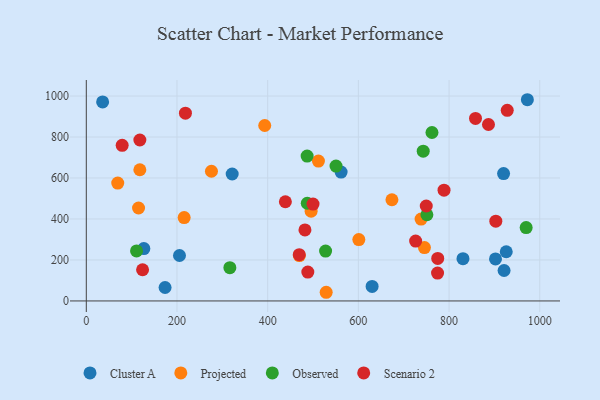
{"axis": {"x": "Ad Spend", "y": "Exam Score"}, "legend": ["Cluster A", "Observed", "Projected", "Scenario 2"], "data": [{"x": "173.7", "y": 65.7, "type": "Cluster A"}, {"x": "921.3", "y": 148.5, "type": "Cluster A"}, {"x": "630.3", "y": 71.0, "type": "Cluster A"}, {"x": "321.7", "y": 619.5, "type": "Cluster A"}, {"x": "926.1", "y": 240.0, "type": "Cluster A"}, {"x": "205.5", "y": 221.7, "type": "Cluster A"}, {"x": "561.9", "y": 628.7, "type": "Cluster A"}, {"x": "830.7", "y": 206.3, "type": "Cluster A"}, {"x": "902.4", "y": 204.9, "type": "Cluster A"}, {"x": "972.7", "y": 981.9, "type": "Cluster A"}, {"x": "36.0", "y": 971.0, "type": "Cluster A"}, {"x": "920.2", "y": 621.3, "type": "Cluster A"}, {"x": "126.9", "y": 255.6, "type": "Cluster A"}, {"x": "215.8", "y": 406.7, "type": "Projected"}, {"x": "745.7", "y": 260.6, "type": "Projected"}, {"x": "529.0", "y": 42.3, "type": "Projected"}, {"x": "393.5", "y": 856.1, "type": "Projected"}, {"x": "276.0", "y": 632.8, "type": "Projected"}, {"x": "118.1", "y": 640.2, "type": "Projected"}, {"x": "601.0", "y": 299.3, "type": "Projected"}, {"x": "69.3", "y": 575.0, "type": "Projected"}, {"x": "738.3", "y": 399.3, "type": "Projected"}, {"x": "115.2", "y": 453.5, "type": "Projected"}, {"x": "511.9", "y": 682.4, "type": "Projected"}, {"x": "469.9", "y": 221.5, "type": "Projected"}, {"x": "674.0", "y": 493.8, "type": "Projected"}, {"x": "495.8", "y": 438.1, "type": "Projected"}, {"x": "970.0", "y": 357.8, "type": "Observed"}, {"x": "550.7", "y": 658.3, "type": "Observed"}, {"x": "743.0", "y": 730.8, "type": "Observed"}, {"x": "487.0", "y": 707.1, "type": "Observed"}, {"x": "110.8", "y": 244.2, "type": "Observed"}, {"x": "762.3", "y": 822.0, "type": "Observed"}, {"x": "527.7", "y": 243.4, "type": "Observed"}, {"x": "316.6", "y": 162.1, "type": "Observed"}, {"x": "751.1", "y": 420.7, "type": "Observed"}, {"x": "487.3", "y": 476.8, "type": "Observed"}, {"x": "124.1", "y": 152.2, "type": "Scenario 2"}, {"x": "775.0", "y": 207.5, "type": "Scenario 2"}, {"x": "749.7", "y": 463.2, "type": "Scenario 2"}, {"x": "488.5", "y": 140.9, "type": "Scenario 2"}, {"x": "482.2", "y": 346.4, "type": "Scenario 2"}, {"x": "774.6", "y": 136.2, "type": "Scenario 2"}, {"x": "79.1", "y": 759.6, "type": "Scenario 2"}, {"x": "726.3", "y": 292.0, "type": "Scenario 2"}, {"x": "118.1", "y": 785.3, "type": "Scenario 2"}, {"x": "439.0", "y": 484.1, "type": "Scenario 2"}, {"x": "788.9", "y": 540.4, "type": "Scenario 2"}, {"x": "928.3", "y": 930.4, "type": "Scenario 2"}, {"x": "903.1", "y": 389.1, "type": "Scenario 2"}, {"x": "469.6", "y": 226.0, "type": "Scenario 2"}, {"x": "886.9", "y": 860.9, "type": "Scenario 2"}, {"x": "218.6", "y": 916.2, "type": "Scenario 2"}, {"x": "500.0", "y": 472.8, "type": "Scenario 2"}, {"x": "858.3", "y": 890.7, "type": "Scenario 2"}]}